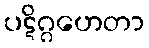
ပဋိဂ္ဂဟေတာ